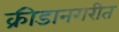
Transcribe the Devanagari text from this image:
क्रीडानगरीत